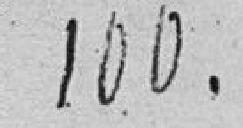
100.